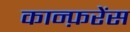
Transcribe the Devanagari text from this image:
कान्फ़रेंस